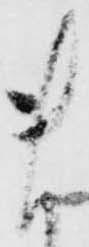
ま